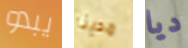
يبدو مدينا ديا